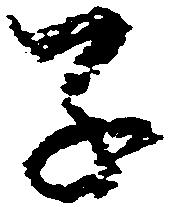
子